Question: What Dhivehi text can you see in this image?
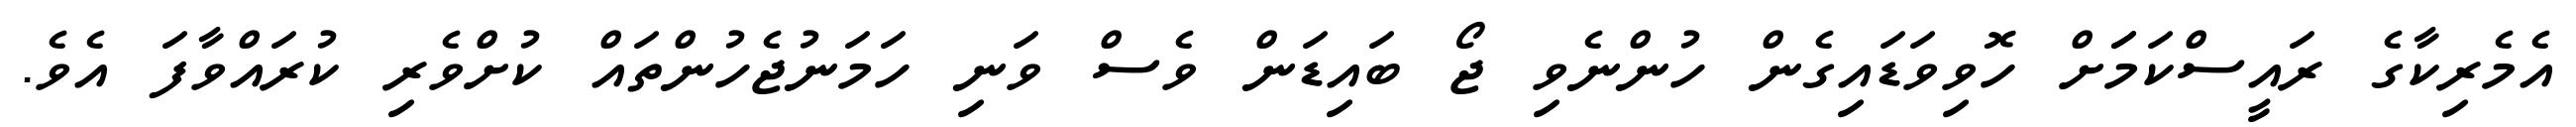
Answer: އެމެރިކާގެ ރައީސްކަމަަށް ހޮވިވަޑައިގެން ހުންނެވި ޖޯ ބައިޑަން ވެސް ވަނި ހަމަނުޖެހުންތައް ކުށްވެރި ކުރައްވާފަ އެވެ.